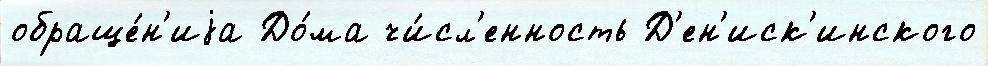
обраще́н'иjа До́ма чи́сл'енность Д'ен'иск'инского